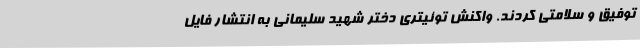
توفیق و سلامتی کردند. واکنش توئیتری دختر شهید سلیمانی به انتشار فایل